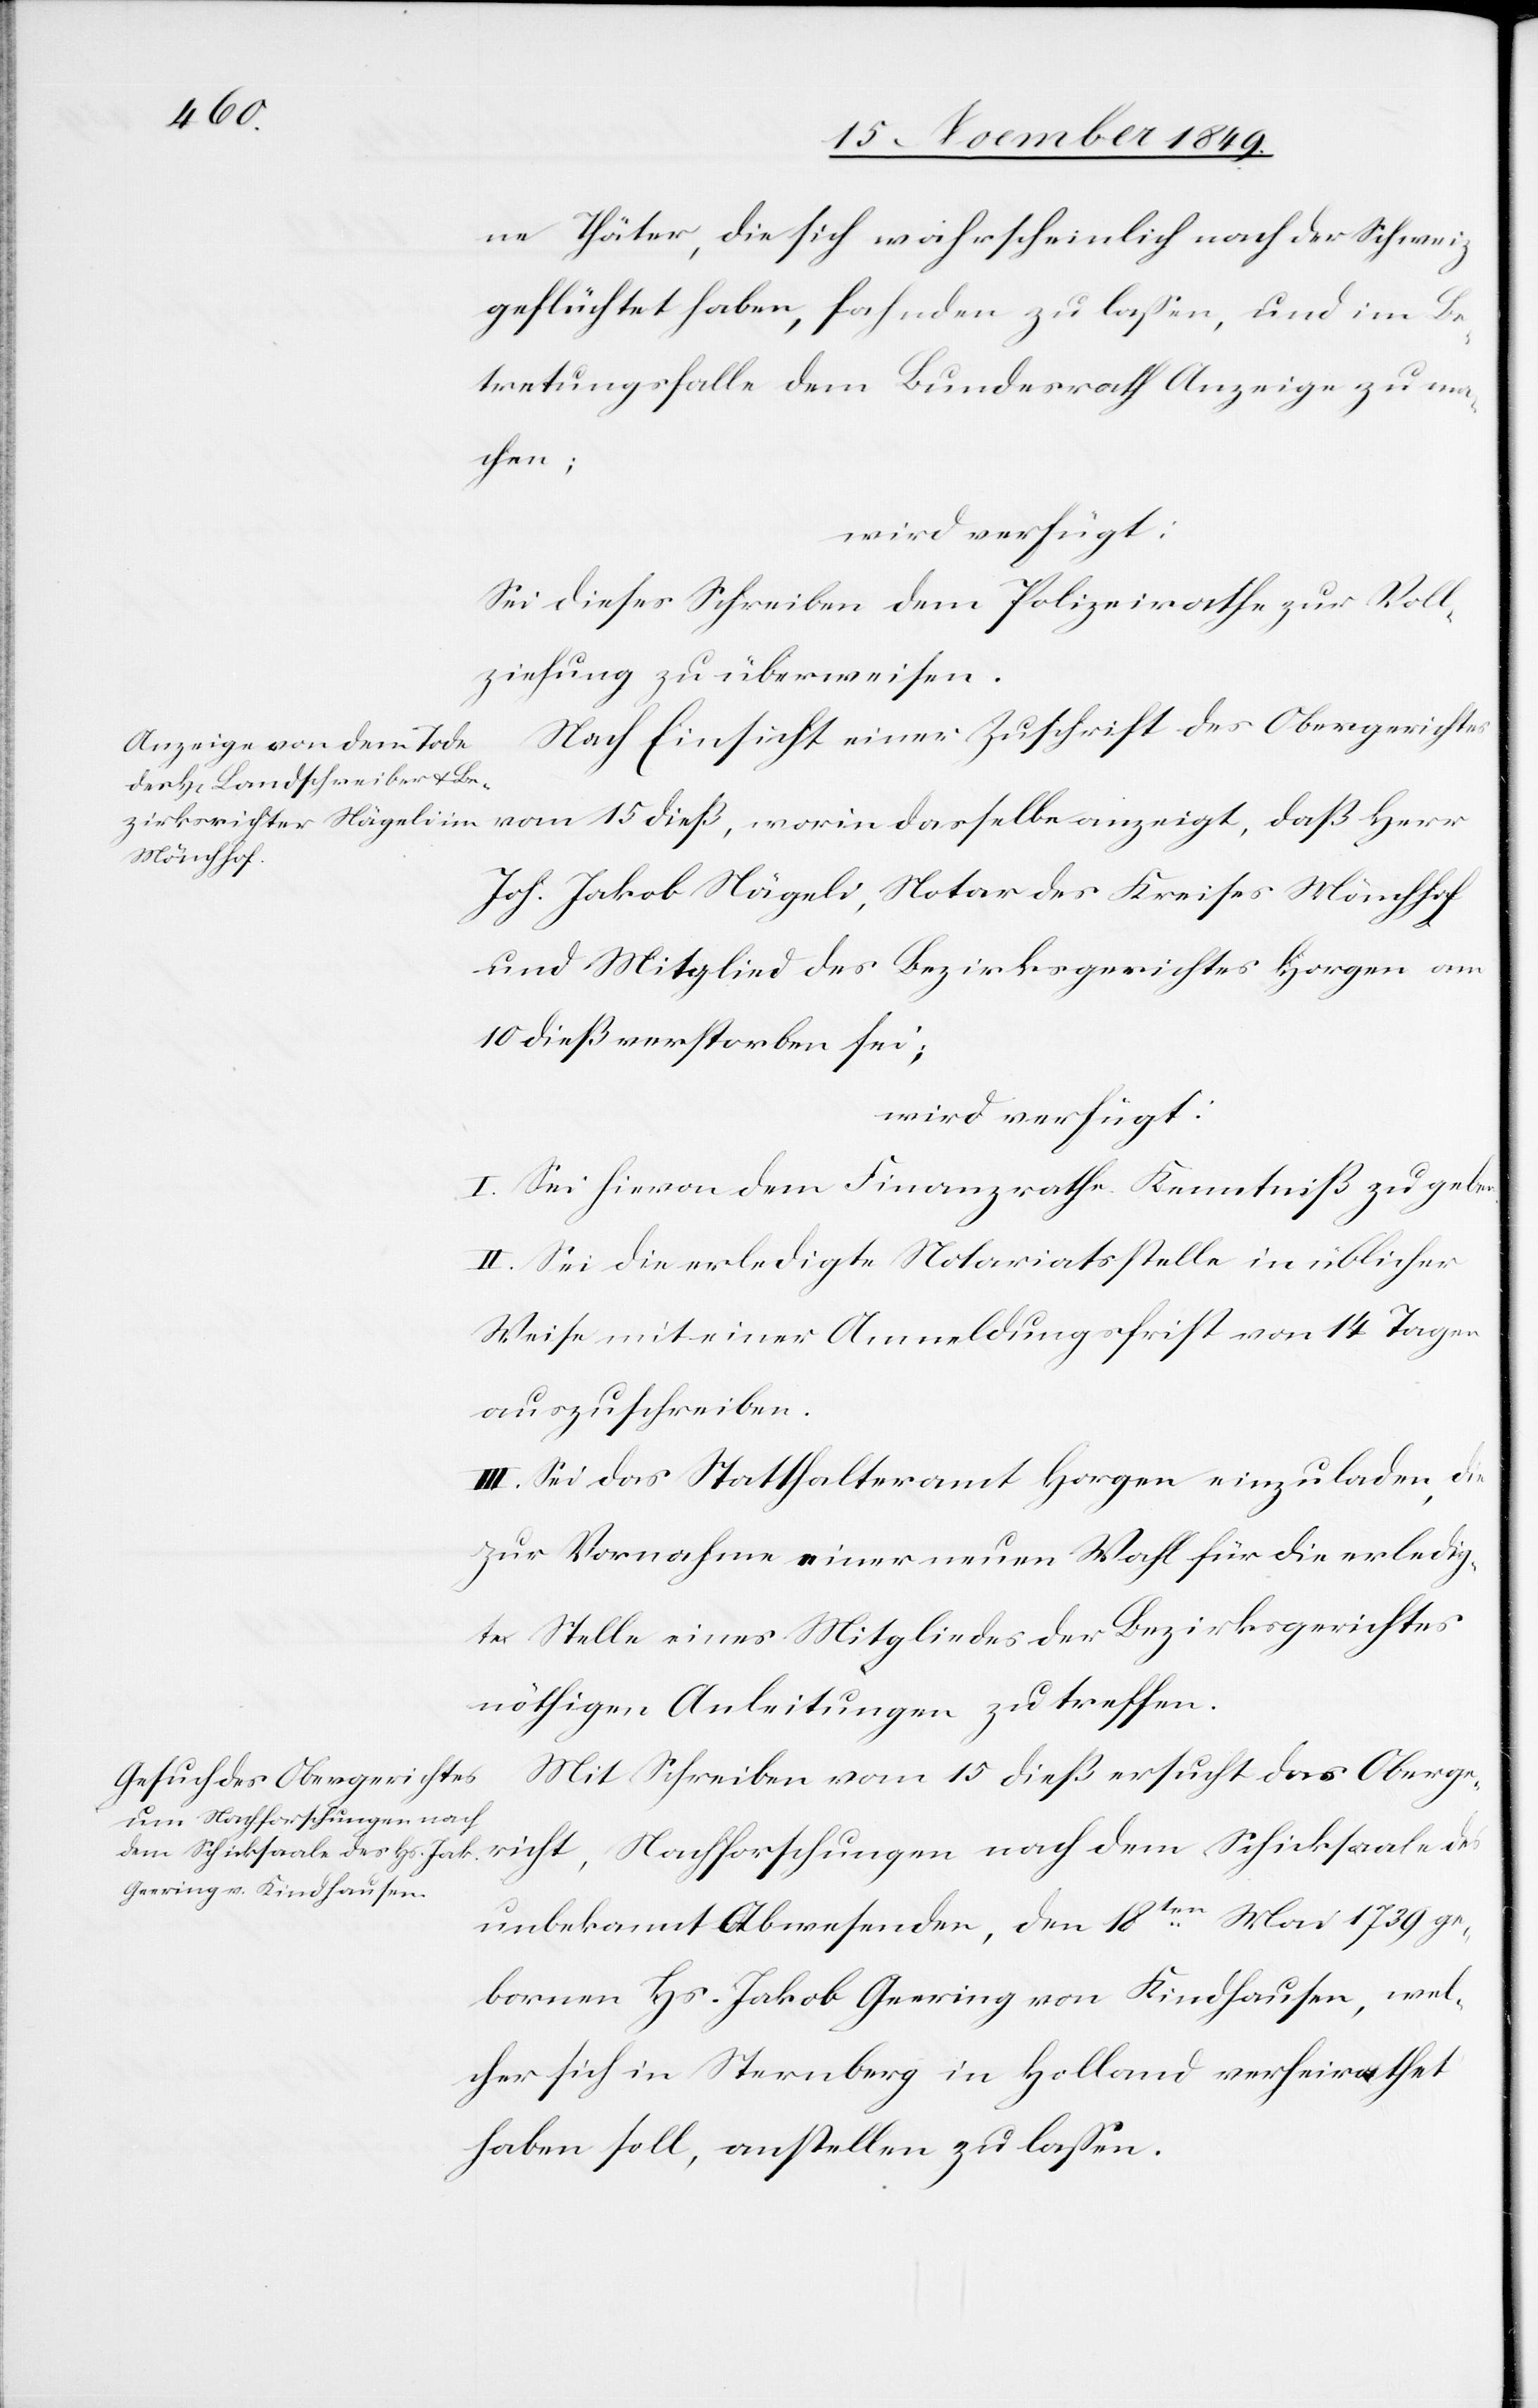
17 November 1849.]
ne Thäter, die sich wahrscheinlich nach der Schweiz
geflüchtet haben, fahnden zu laßen, und im Be¬
tretungsfalle dem Bundesrath Anzeige zu ma¬
chen;
wird verfügt:
Sei dieses Schreiben dem Polizeirathe zur Voll¬
ziehung zu überweisen.
Nach Einsicht einer Zuschrift des Obergerichtes
Joh. Jakob Nägeli, Notar des Kreises Mönchhof
und Mitglied des Bezirksgerichtes Horgen am
10 dieß verstorben sei;
wird verfügt:
I. Sei hievon dem Finanzrathe Kenntniß zu geben.
II. Sei die erledigte Notariatsstelle in üblicher
Weise mit einer Anmeldungsfrist von 14 Tagen
auszuschreiben.
III. Sei das Statthalteramt Horgen einzuladen, die
zur Vornahme einer neuen Wahl für die erledig¬
te Stelle eines Mitgliedes des Bezirksgerichtes
nöthigen Anleitungen zu treffen.
Mit Schreiben vom 15 dieß ersucht das Oberge¬
richt, Nachforschungen nach
unbekannten Abwesenden, den 18ten Mai 1739 ge¬
bornen Hs. Jakob Geering von Kindhausen, wel¬
cher sich in Sternberg in Holland verheirathet
haben soll, anstellen zu laßen.